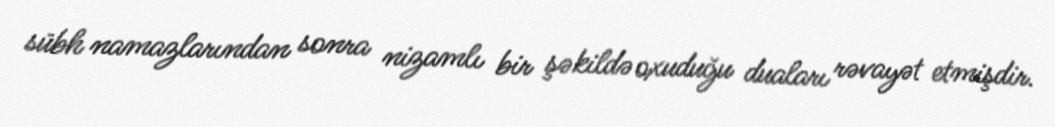
sübh namazlarından sonra nizamlı bir şəkildə oxuduğu duaları rəvayət etmişdir.